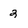
Character: 2